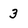
Character: 3